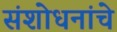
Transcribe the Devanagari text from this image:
संशोधनांचे